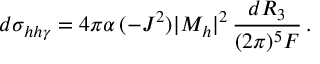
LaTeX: d \sigma _ { h h \gamma } = 4 \pi \alpha \, ( - J ^ { 2 } ) | { \cal M } _ { h } | ^ { 2 } \, { \frac { d R _ { 3 } } { ( 2 \pi ) ^ { 5 } F } } \, .